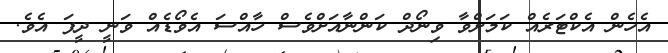
އެހެން އެކްޓަރެއް ކަމަށްވާ ވިނޯދް ކަންނާއަށްވެސް ހާއްސަ އެވޯޑެއް ވަނީ ދީފަ އެވެ.